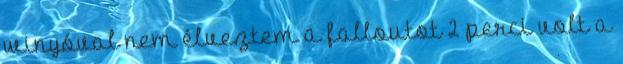
winyóval nem élveztem a falloutot 2 perci volt a